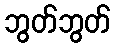
ဘွတ်ဘွတ်